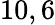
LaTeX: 10,6